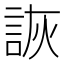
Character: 詼